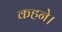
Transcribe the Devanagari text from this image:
कहने।